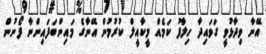
އޭނާ ވިދާޅުވީ ގަވައިދާ ހިލާފު ކަމެއް މީކާއީލް ކުރުމުން އޭނާގެ މައިންބަފައިންނާ ފޯނުން